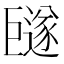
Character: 𪩩